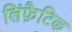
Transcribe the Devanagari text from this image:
लिंफ़ैटिक